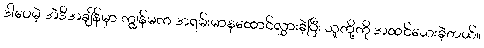
ဒါပေမဲ့ အဲဒီအချိန်မှာ ကျွန်မက အရမ်းမာနထောင်လွှားခဲ့ပြီး သူတို့ကို အထင်သေးခဲ့တယ်။